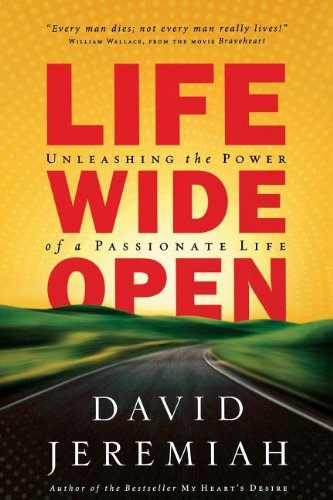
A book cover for Life Wide Open; David Jeremiah; Christian Books & Bibles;